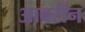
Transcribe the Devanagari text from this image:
आबरीन